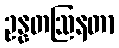
ဥန္နတဩနတာ